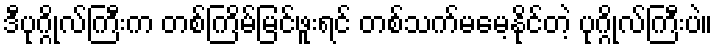
ဒီပုဂ္ဂိုလ်ကြီးက တစ်ကြိမ်မြင်ဖူးရင် တစ်သက်မမေ့နိုင်တဲ့ ပုဂ္ဂိုလ်ကြီးပဲ။